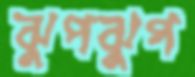
ঝুপঝুপ